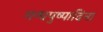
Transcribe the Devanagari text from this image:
गन्धपुष्पादिना